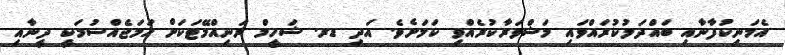
އެމަނިކުފާނާއި ބައްދަލުކުރައްވައި މަޝްވަރާކުރެއްވި ކަމަށެވެ. އަދި ޑރ. ޝަހީމް ރަނިއްމޭޓަކަށް ހަމަޖެއްސުމަކީ ދީނާއި